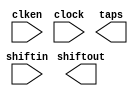
module SHIFTREGRAM (
	clken,
	clock,
	shiftin,
	shiftout,
	taps);

	input	  clken;
	input	  clock;
	input	[12:0]  shiftin;
	output	[12:0]  shiftout;
	output	[168:0]  taps;
`ifndef ALTERA_RESERVED_QIS
// synopsys translate_off
`endif
	tri1	  clken;
`ifndef ALTERA_RESERVED_QIS
// synopsys translate_on
`endif

endmodule